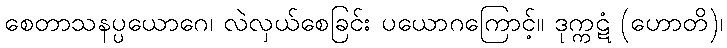
စေတာသနပ္ပယောဂေ၊ လဲလှယ်စေခြင်း ပယောဂကြောင့်။ ဒုက္ကဋံ (ဟောတိ)၊